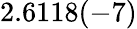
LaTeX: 2.6118(-7)